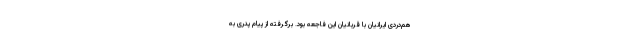
هم‌دردی ایرانیان با قربانیان این فاجعه بود. برگرفته از پیام پدری به